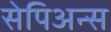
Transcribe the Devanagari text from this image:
सेपिअन्स